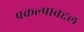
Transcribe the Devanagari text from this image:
प्रकल्पाबद्दल